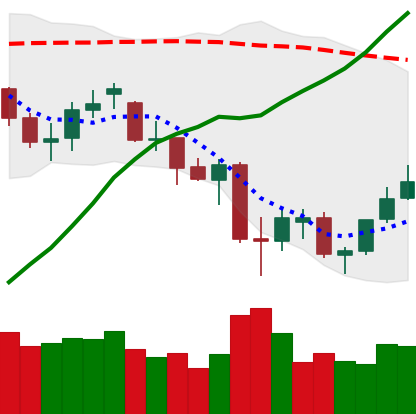
Ticker: ETH-USD
Chart end date: 2021-06-29
Forward return: 7.449%
Label: up_7plus